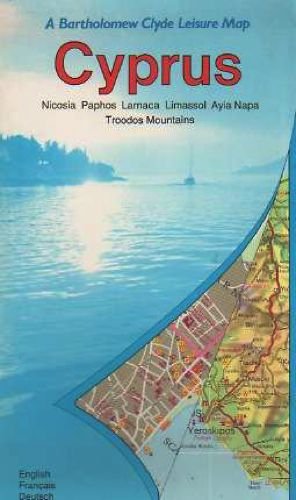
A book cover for Cyprus Leisure Map (Holiday maps); Bartholomew Clyde; Travel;